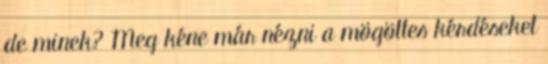
de minek? Meg kéne már nézni a mögöttes kérdéseket